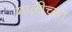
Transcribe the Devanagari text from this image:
माळीच्या